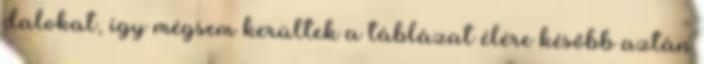
dalokat, így mégsem kerültek a táblázat élére később aztán